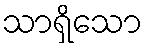
သာရှိသော